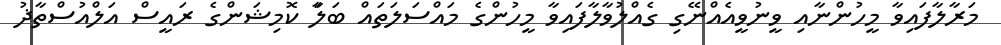
މަރާލާފައިވާ މީހުންނާއި ވީނުވީއެއްނޭގި ގެއްލުވާލާފައިވާ މީހުންގެ މައްސަލަތައް ބަލަާ ކޮމިޝަންގެ ރައީސް އަލްއުސްތާޛު